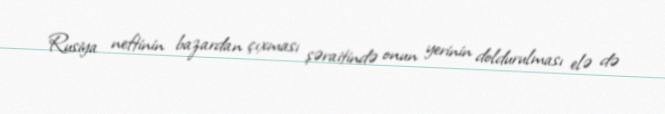
Rusiya neftinin bazardan çıxması şəraitində onun yerinin doldurulması elə də